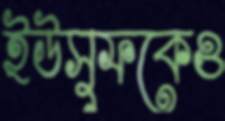
ইউসুফকেও